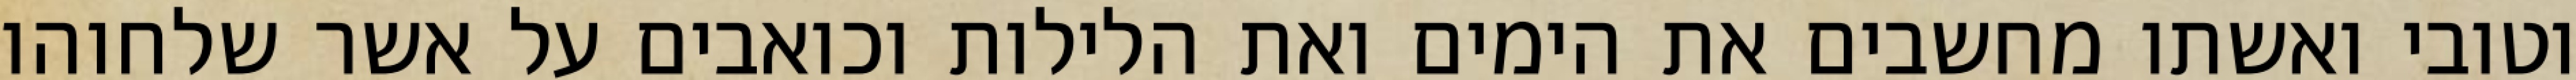
וטובי ואשתו מחשבים את הימים ואת הלילות וכואבים על אשר שלחוהו